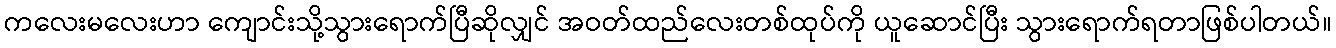
ကလေးမလေးဟာ ကျောင်းသို့သွားရောက်ပြီဆိုလျှင် အဝတ်ထည်လေးတစ်ထုပ်ကို ယူဆောင်ပြီး သွားရောက်ရတာဖြစ်ပါတယ်။